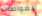
الغواصات